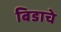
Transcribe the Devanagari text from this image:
बिडाचे